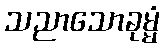
သညာသောခုမ္မံ